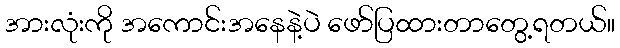
အားလုံးကို အကောင်းအနေနဲ့ပဲ ဖော်ပြထားတာတွေ့ရတယ်။